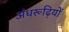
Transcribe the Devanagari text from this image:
अंधरूढ़ियों